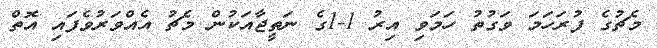
މެޗުގެ ފުރަހަމަ ވަގުތު ހަމަވި އިރު 1-1ގެ ނަތީޖާއަކުން މެޗު އެއްވަރުވެފައި އޮތް